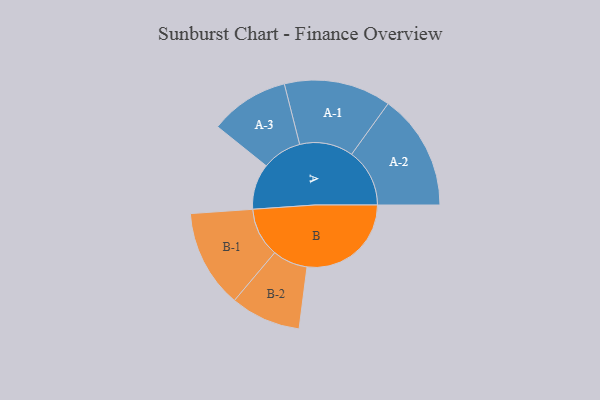
{"axis": {"x": "Segment", "y": "Value"}, "legend": ["", "A", "B"], "data": [{"x": "A", "y": 216, "type": ""}, {"x": "B", "y": 492, "type": ""}, {"x": "A-1", "y": 253, "type": "A"}, {"x": "A-2", "y": 274, "type": "A"}, {"x": "A-3", "y": 187, "type": "A"}, {"x": "B-1", "y": 232, "type": "B"}, {"x": "B-2", "y": 166, "type": "B"}]}